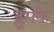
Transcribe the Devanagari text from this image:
ब्लूमके